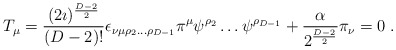
\begin{align*}T_\mu =\frac{(2\imath)^\frac{D-2}{2}}{(D-2)!}\epsilon_{\nu\mu\rho_2\ldots\rho_{D-1}}\pi^\mu\psi^{\rho_2}\ldots\psi^{\rho_{D-1}}+\frac{\alpha}{2^\frac{D-2}{2}}\pi_\nu=0\;.\end{align*}